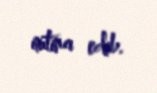
imtina edib.